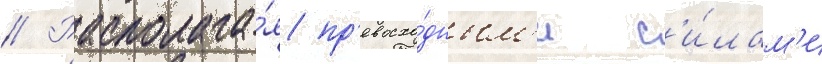
// Располага́я пр'евосхо́дным'и с'и́лам'и